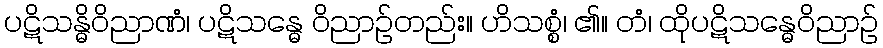
ပဋိသန္ဓိဝိညာဏံ၊ ပဋိသန္ဓေ ဝိညာဉ်တည်း။ ဟိသစ္စံ၊ ၏။ တံ၊ ထိုပဋိသန္ဓေဝိညာဉ်